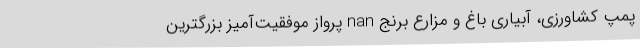
پمپ کشاورزی، آبیاری باغ و مزارع برنج nan پرواز موفقیت‌آمیز بزرگترین